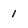
Character: 1